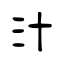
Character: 汁